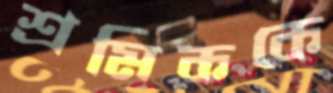
শ্রমিককে